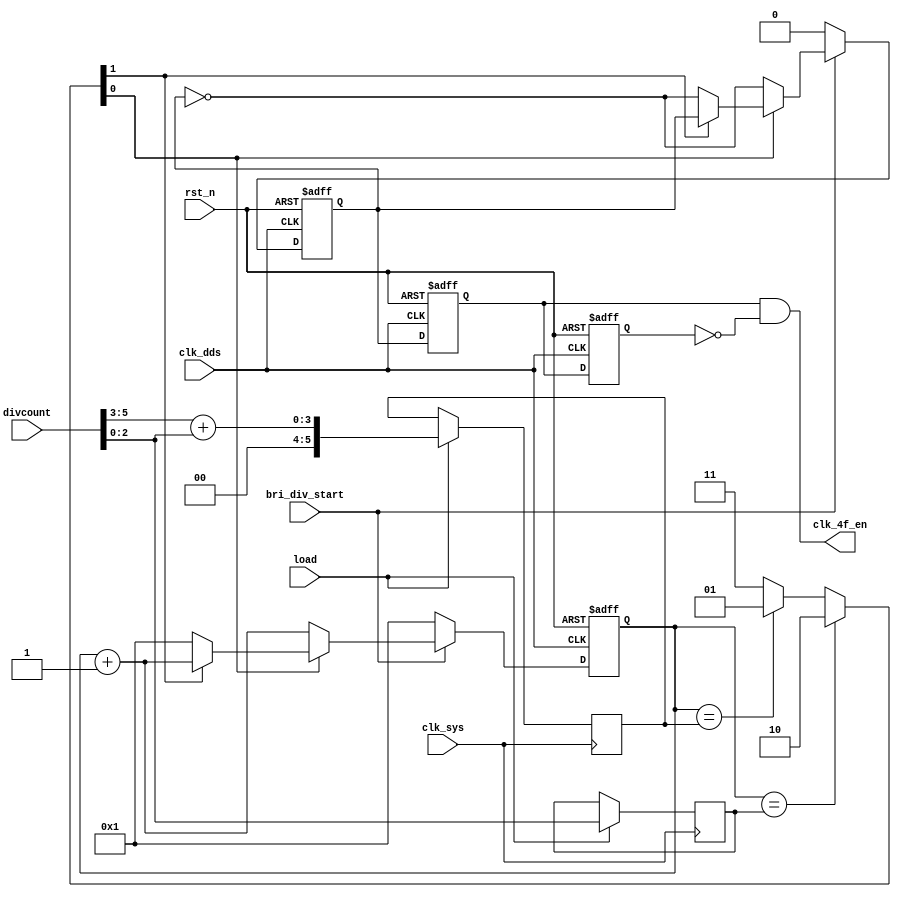
// bridge_div.v


module bridge_div(
                     bri_div_start,
                     rst_n,     //
                     clk_sys,
                     clk_dds,     //
                     load,      //
                     divcount,  //
                     clk_4f_en     //
                    );

input bri_div_start;
input rst_n;
input clk_sys;
input clk_dds;
input load;
input [5:0] divcount;

output clk_4f_en;

reg    clk_4f;
reg    [5:0] count;
reg    [2:0] datahalf;
reg    [5:0] dataall;

reg clear1_n;
reg clear2_n;

reg clk_4f_reg1;
reg clk_4f_reg2;

always @ (posedge clk_sys)
    begin
         if (load == 1'b1)
             begin
                  datahalf <= divcount[2:0];
                  dataall  <= divcount[5:3]+divcount[2:0];
             end
         else
             begin
                  datahalf <= datahalf;
                  dataall  <= dataall;
             end
   end

always @ (negedge rst_n or posedge clk_dds)
    begin
         if (rst_n == 1'b0)
             begin
                  count  <= 4'b1;
                  clk_4f <= 1'b0;
             end
         else
             begin
               if(bri_div_start == 1'b1)
                 begin
                  if (clear1_n == 1'b0)
                      begin
                           count  <= count + 1;
                           clk_4f <= ~clk_4f;
                      end
                  else if (clear2_n == 1'b0)
                      begin
                           count  <= 1'b1;
                           clk_4f <= ~clk_4f;
                      end
                  else
                      begin
                           count  <= count +1;
                           clk_4f <= clk_4f;
                      end
                 end
               else
                 begin
                      count  <= 4'b1;
                      clk_4f <= 1'b0;
                 end
             end
    end

always @ (count or datahalf or dataall)
    begin
         case (count)
             datahalf:
                 {clear2_n,clear1_n} = 2'b10;
             dataall:
                 {clear2_n,clear1_n} = 2'b01;
             default:
                 {clear2_n,clear1_n} = 2'b11;
         endcase
    end

always @ (negedge rst_n or posedge clk_dds)
    begin
         if (rst_n == 1'b0)
             {clk_4f_reg1,clk_4f_reg2} <= 2'b0;
         else
             begin
                  clk_4f_reg1 <= clk_4f;
                  clk_4f_reg2 <= clk_4f_reg1;
             end
    end

assign clk_4f_en = clk_4f_reg1 &(~clk_4f_reg2);

endmodule